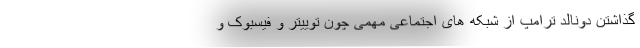
گذاشتن دونالد ترامپ از شبکه های اجتماعی مهمی چون توییتر و فیسبوک و